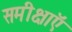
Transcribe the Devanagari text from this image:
समीक्षाऍं